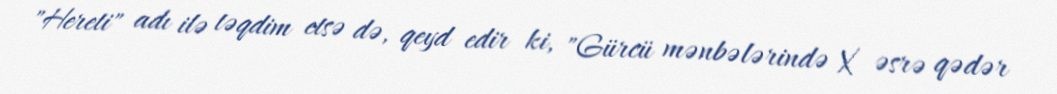
"Hereti" adı ilə təqdim etsə də, qeyd edir ki, "Gürcü mənbələrində X əsrə qədər